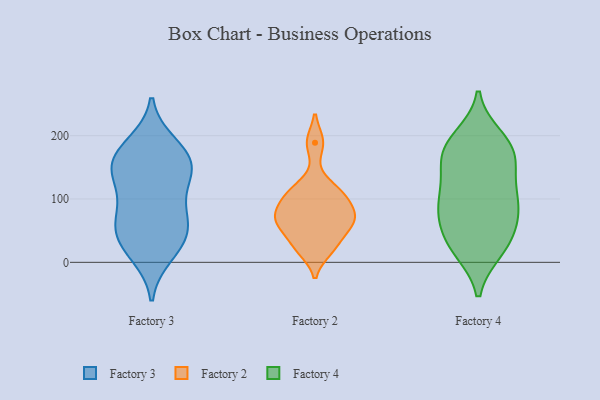
{"axis": {"x": "Demand Index", "y": "Value"}, "legend": ["Factory 2", "Factory 3", "Factory 4"], "data": [{"x": "", "y": 91, "type": "Factory 3"}, {"x": "", "y": 120, "type": "Factory 3"}, {"x": "", "y": 46, "type": "Factory 3"}, {"x": "", "y": 61, "type": "Factory 3"}, {"x": "", "y": 187, "type": "Factory 3"}, {"x": "", "y": 147, "type": "Factory 3"}, {"x": "", "y": 165, "type": "Factory 3"}, {"x": "", "y": 151, "type": "Factory 3"}, {"x": "", "y": 20, "type": "Factory 3"}, {"x": "", "y": 12, "type": "Factory 3"}, {"x": "", "y": 41, "type": "Factory 3"}, {"x": "", "y": 151, "type": "Factory 3"}, {"x": "", "y": 181, "type": "Factory 3"}, {"x": "", "y": 145, "type": "Factory 3"}, {"x": "", "y": 82, "type": "Factory 3"}, {"x": "", "y": 53, "type": "Factory 3"}, {"x": "", "y": 118, "type": "Factory 2"}, {"x": "", "y": 105, "type": "Factory 2"}, {"x": "", "y": 29, "type": "Factory 2"}, {"x": "", "y": 74, "type": "Factory 2"}, {"x": "", "y": 60, "type": "Factory 2"}, {"x": "", "y": 61, "type": "Factory 2"}, {"x": "", "y": 72, "type": "Factory 2"}, {"x": "", "y": 189, "type": "Factory 2"}, {"x": "", "y": 20, "type": "Factory 2"}, {"x": "", "y": 98, "type": "Factory 2"}, {"x": "", "y": 185, "type": "Factory 4"}, {"x": "", "y": 19, "type": "Factory 4"}, {"x": "", "y": 38, "type": "Factory 4"}, {"x": "", "y": 197, "type": "Factory 4"}, {"x": "", "y": 95, "type": "Factory 4"}, {"x": "", "y": 65, "type": "Factory 4"}, {"x": "", "y": 147, "type": "Factory 4"}, {"x": "", "y": 74, "type": "Factory 4"}, {"x": "", "y": 109, "type": "Factory 4"}, {"x": "", "y": 160, "type": "Factory 4"}, {"x": "", "y": 69, "type": "Factory 4"}, {"x": "", "y": 161, "type": "Factory 4"}, {"x": "", "y": 186, "type": "Factory 4"}, {"x": "", "y": 106, "type": "Factory 4"}, {"x": "", "y": 28, "type": "Factory 4"}, {"x": "", "y": 19, "type": "Factory 4"}, {"x": "", "y": 102, "type": "Factory 4"}, {"x": "", "y": 176, "type": "Factory 4"}]}